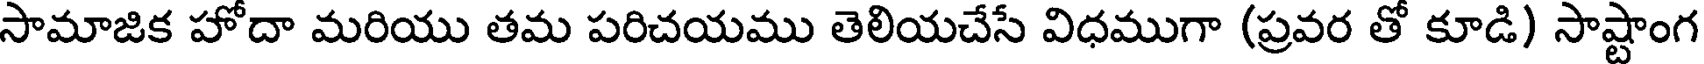
సామాజిక హోదా మరియు తమ పరిచయము తెలియచేసే విధముగా (ప్రవర తో కూడి) సాష్టాంగ